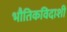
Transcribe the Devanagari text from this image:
भौतिकविदाशी